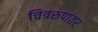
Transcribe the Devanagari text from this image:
चित्ररुपांतर